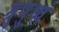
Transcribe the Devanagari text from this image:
श्रुणुध्वं